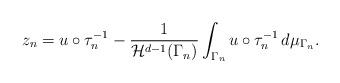
LaTeX: \begin{align*} z_n=u\circ \tau_n^{-1}-\frac{1}{ \mathcal{H}^{d-1}(\Gamma_n) }\int_{\Gamma_n}u\circ \tau_n^{-1}\, d\mu_{\Gamma_n}.\end{align*}